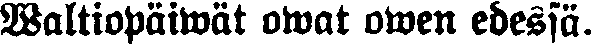
Waltiopäiwät owat owen edessä.